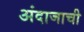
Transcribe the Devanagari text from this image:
अंदाजाची